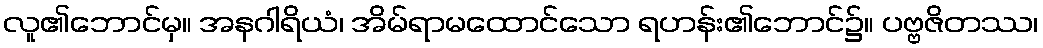
လူ၏ဘောင်မှ။ အနဂါရိယံ၊ အိမ်ရာမထောင်သော ရဟန်း၏ဘောင်၌။ ပဗ္ဗဇိတဿ၊